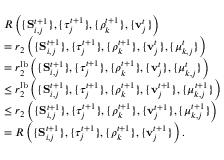
\begin{array} { r l } & { R \left( \{ \mathbf S _ { i , j } ^ { t + 1 } \} , \{ \tau _ { j } ^ { t + 1 } \} , \{ \rho _ { k } ^ { t + 1 } \} , \{ \mathbf v _ { j } ^ { t } \} \right) } \\ & { = r _ { 2 } \left( \{ \mathbf S _ { i , j } ^ { t + 1 } \} , \{ \tau _ { j } ^ { t + 1 } \} , \{ \rho _ { k } ^ { t + 1 } \} , \{ \mathbf v _ { j } ^ { t } \} , \{ \mu _ { k , j } ^ { t } \} \right) } \\ & { = r _ { 2 } ^ { \mathrm { l b } } \left( \{ \mathbf S _ { i , j } ^ { t + 1 } \} , \{ \tau _ { j } ^ { t + 1 } \} , \{ \rho _ { k } ^ { t + 1 } \} , \{ \mathbf v _ { j } ^ { t } \} , \{ \mu _ { k , j } ^ { t } \} \right) } \\ & { \leq r _ { 2 } ^ { \mathrm { l b } } \left( \{ \mathbf S _ { i , j } ^ { t + 1 } \} , \{ \tau _ { j } ^ { t + 1 } \} , \{ \rho _ { k } ^ { t + 1 } \} , \{ \mathbf v _ { j } ^ { t + 1 } \} , \{ \mu _ { k , j } ^ { t + 1 } \} \right) } \\ & { \leq r _ { 2 } \left( \{ \mathbf S _ { i , j } ^ { t + 1 } \} , \{ \tau _ { j } ^ { t + 1 } \} , \{ \rho _ { k } ^ { t + 1 } \} , \{ \mathbf v _ { j } ^ { t + 1 } \} , \{ \mu _ { k , j } ^ { t + 1 } \} \right) } \\ & { = R \left( \{ \mathbf S _ { i , j } ^ { t + 1 } \} , \{ \tau _ { j } ^ { t + 1 } \} , \{ \rho _ { k } ^ { t + 1 } \} , \{ \mathbf v _ { j } ^ { t + 1 } \} \right) . } \end{array}